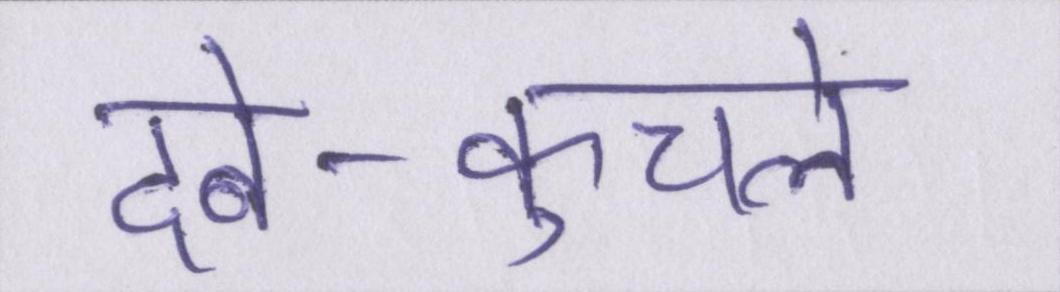
दबे-कुचले